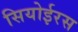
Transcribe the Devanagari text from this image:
सियोईरस